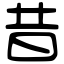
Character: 昔